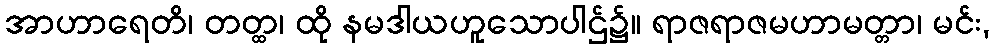
အာဟာရေတိ၊ တတ္ထ၊ ထို နမဒါယဟူသောပါဌ်၌။ ရာဇရာဇမဟာမတ္တာ၊ မင်း,